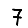
Digit: 7